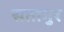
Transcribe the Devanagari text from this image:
सतागुर